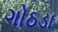
ગોઠડા